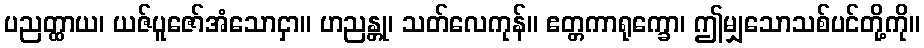
ပညတ္ထာယ၊ ယဇ်ပူဇော်အံသောငှာ။ ဟညန္တု၊ သတ်လေကုန်။ ဧတ္တကာရုက္ခော၊ ဤမျှသောသစ်ပင်တို့ကို။